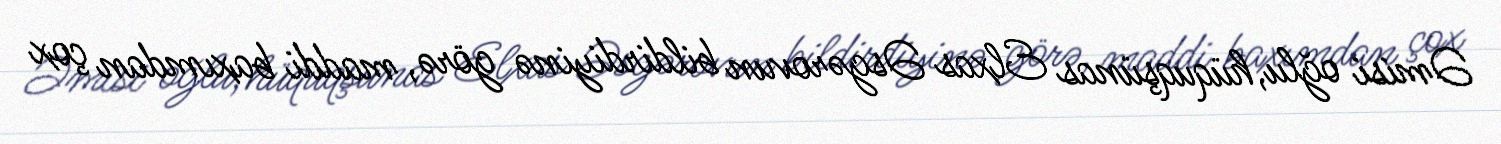
Əmisi oğlu, hüquqşünas Elxas Əsgərovun bildirdiyinə görə, maddi baxımdan çox